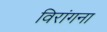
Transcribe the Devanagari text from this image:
विरांगना